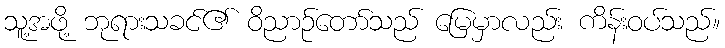
သူ့အဖို့ ဘုရားသခင်၏ ဝိညာဉ်တော်သည် မြေမှာလည်း ကိန်းဝပ်သည်။